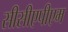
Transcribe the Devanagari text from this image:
सीसीएपीएम